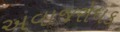
અવાજરોધક